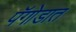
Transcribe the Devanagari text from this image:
पॅगोडात